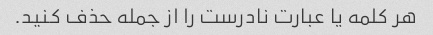
هر کلمه یا عبارت نادرست را از جمله حذف کنید.